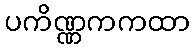
ပကိဏ္ဏကကထာ